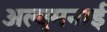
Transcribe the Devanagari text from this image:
अल्युमनाई